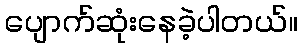
ပျောက်ဆုံးနေခဲ့ပါတယ်။